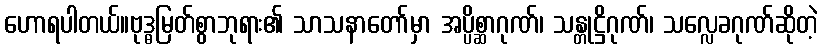
ဟောရပါတယ်။ဗုဒ္ဓမြတ်စွာဘုရား၏ သာသနာတော်မှာ အပ္ပိစ္ဆာဂုဏ်၊ သန္တုဋ္ဌိဂုဏ်၊ သလ္လေခဂုဏ်ဆိုတဲ့